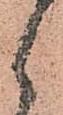
候